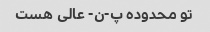
تو محدوده پ-ن- عالی هست